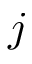
j